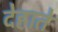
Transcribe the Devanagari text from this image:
देहाते